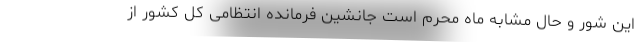
این شور و حال مشابه ماه محرم است جانشین فرمانده انتظامی کل کشور از